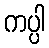
ကပ္ပါ